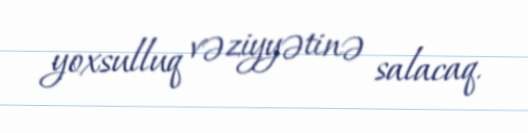
yoxsulluq vəziyyətinə salacaq.